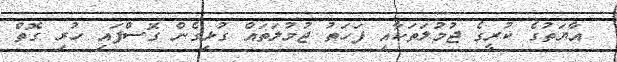
އާޔަތުގެ ކުރީގެ ޖުމުލަތަކާއި ފަހަތު ޖުމުލަތައް ގުޅިގެން ގޮސްފައި ހުރި ގޮތް